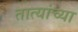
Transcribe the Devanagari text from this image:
तात्यांच्या